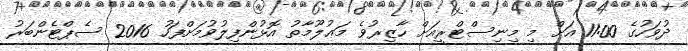
ދުވަހުގެ 11:00 އަށް މި މިނިސްޓްރީއަށް ހާޒިރުވެ މަޢުލޫމާތު އޮޅުންފިލުވުމަށްފަހު 2016 ސެޕްޓެންބަރު